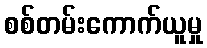
စစ်တမ်းကောက်ယူမှု